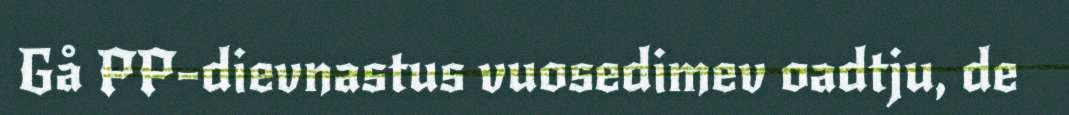
Gå PP-dievnastus vuosedimev oadtju, de